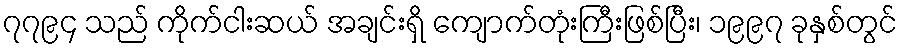
၇၇၉၄ သည် ကိုက်ငါးဆယ် အချင်းရှိ ကျောက်တုံးကြီးဖြစ်ပြီး၊ ၁၉၉၇ ခုနှစ်တွင်